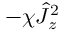
- \chi \hat { J } _ { z } ^ { 2 }